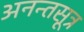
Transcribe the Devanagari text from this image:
अनन्तसूत्र